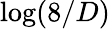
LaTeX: \log(8/D)